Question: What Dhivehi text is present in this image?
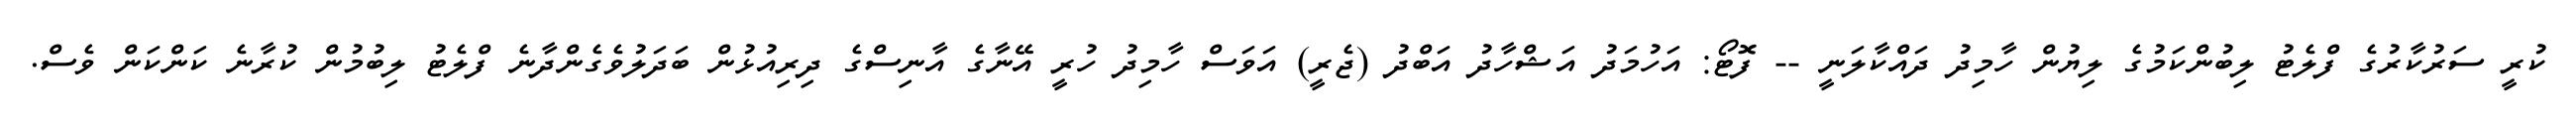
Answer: ކުރީ ސަރުކާރުގެ ފްލެޓު ލިބުންކަމުގެ ލިޔުން ހާމިދު ދައްކާލަނީ -- ފޮޓޯ: އަހުމަދު އަޝްހާދު އަބްދު (ޖެރީ) އަވަސް ހާމިދު ހުރީ އޭނާގެ އާނިސްގެ ދިރިއުޅުން ބަދަލުވެގެންދާނެ ފްލެޓު ލިބުމުން ކުރާނެ ކަންކަން ވެސް.